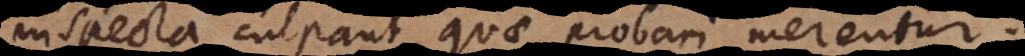
inspecta culpant quae probari merentur.